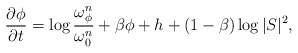
\begin{align*} \frac{\partial \phi}{\partial t}=\log\frac{\omega_{\phi}^n}{\omega_0^n}+\beta\phi+h+(1-\beta)\log|S|^2,\end{align*}